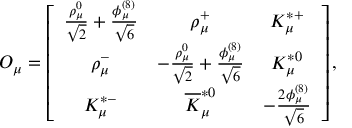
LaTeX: { \cal O } _ { \mu } = \left[ \begin{array} { c c c } { { { \frac { \rho _ { \mu } ^ { 0 } } { \sqrt { 2 } } } + { \frac { \phi _ { \mu } ^ { ( 8 ) } } { \sqrt { 6 } } } } } & { { \rho _ { \mu } ^ { + } } } & { { K _ { \mu } ^ { * + } } } \\ { { \rho _ { \mu } ^ { - } } } & { { - { \frac { \rho _ { \mu } ^ { 0 } } { \sqrt { 2 } } } + { \frac { \phi _ { \mu } ^ { ( 8 ) } } { \sqrt { 6 } } } } } & { { K _ { \mu } ^ { * 0 } } } \\ { { K _ { \mu } ^ { * - } } } & { { \overline { { K } } _ { \mu } ^ { * 0 } } } & { { - { \frac { 2 \phi _ { \mu } ^ { ( 8 ) } } { \sqrt { 6 } } } } } \end{array} \right] ,